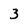
Character: 3